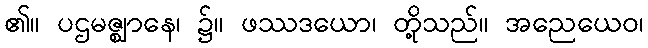
၏။ ပဌမဇ္ဈာနေ၊ ၌။ ဖဿဒယော၊ တို့သည်။ အညေယေဝ၊